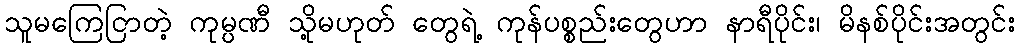
သူမကြေငြာတဲ့ ကုမ္ပဏီ သို့မဟုတ် တွေရဲ့ ကုန်ပစ္စည်းတွေဟာ နာရီပိုင်း၊ မိနစ်ပိုင်းအတွင်း